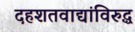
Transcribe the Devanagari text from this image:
दहशतवाद्यांविरुद्ध